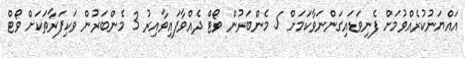
އައްޔަނުކުރެއްވުމަށް ފެނިވަޑައިގަންނަވާކަމަށް 5 މެންބަރުން ވޯޓް ދެއްވާފައިވާއިރު 3 މެންބަރުން ވަކިފަރާތަކަށް ވޯޓް